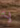
لأ